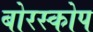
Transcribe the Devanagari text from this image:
बोरस्कोप